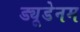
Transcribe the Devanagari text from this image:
ड्यूडेनम